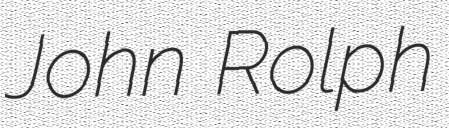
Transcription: John Rolph